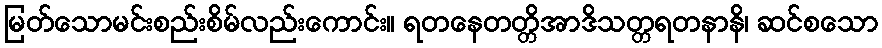
မြတ်သောမင်းစည်းစိမ်လည်းကောင်း။ ရတနေတတ္တိအာဒိသတ္တရတနာနိ၊ ဆင်စသော